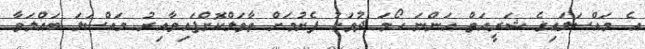
އެ މައްސަލައިގެ ޝަރީއަތް އަންނަ ހޯމަ ދުވަހު ފެށުމަށް ތާވަލްކޮށްފައިވާއިރު މައްސަލަ ބައްލަވާ